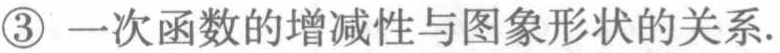
\textcircled{3} 一次函数的增减性与图象形状的关系.